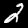
Digit: 2